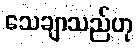
သေချာသည်ဟု